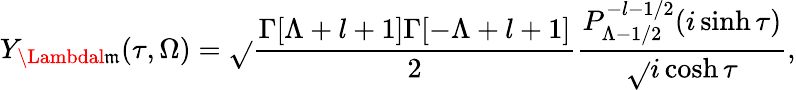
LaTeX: Y_{\Lambdal\mathfrak{m}}(\tau,\Omega)=\sqrt{}{{\frac{{\Gamma[\Lambda+l+1]\Gamma[-\Lambda+l+1]}}{{2}}}}\frac{{P_{\Lambda-1/2}^{-l-1/2}(i\sinh\tau)}}{{\sqrt{}{{i\cosh\tau}}}},